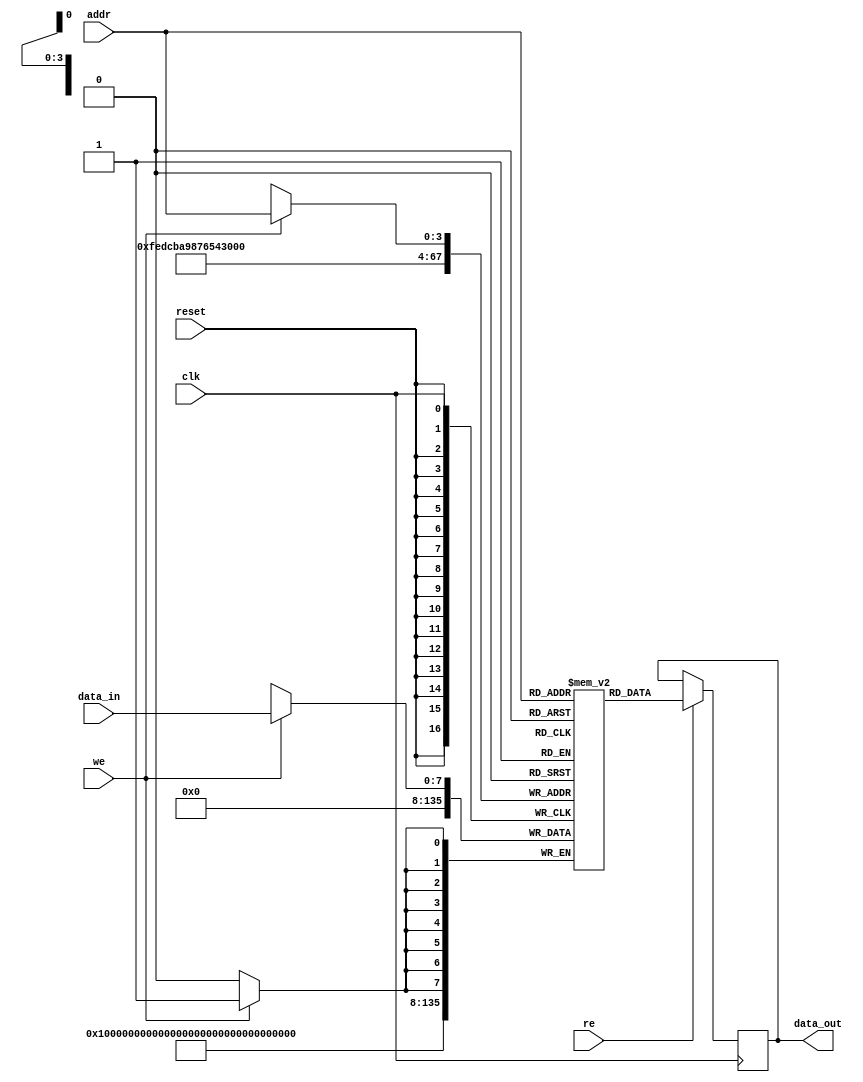
module single_port_ram #(
    parameter DATA_WIDTH = 8,      // Width of each memory word
    parameter ADDR_WIDTH = 4       // Number of addressable locations (2^ADDR_WIDTH)
) (
    input wire clk,                // Clock signal
    input wire reset,              // Reset signal
    input wire [ADDR_WIDTH-1:0] addr, // Address input
    input wire [DATA_WIDTH-1:0] data_in, // Data input
    input wire we,                 // Write Enable
    input wire re,                 // Read Enable
    output reg [DATA_WIDTH-1:0] data_out // Data output
);

    // Memory array declaration
    reg [DATA_WIDTH-1:0] mem_array [0:(1 << ADDR_WIDTH)-1];

    // Asynchronous reset logic
    integer i;
    always @(posedge reset) begin
        for (i = 0; i < (1 << ADDR_WIDTH); i = i + 1) begin
            mem_array[i] <= {DATA_WIDTH{1'b0}}; // Initialize memory to zero
        end
    end

    // Synchronous read and write operations
    always @(posedge clk) begin
        if (we) begin
            // Write operation
            mem_array[addr] <= data_in;
        end
        if (re) begin
            // Read operation
            data_out <= mem_array[addr];
        end
    end

endmodule